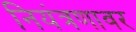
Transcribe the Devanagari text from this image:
नियंत्रणावर